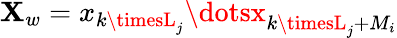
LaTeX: \mathbf{X}_{w}=x_{k\timesL_{j}}\dotsx_{k\timesL_{j}+M_{i}}